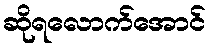
ဆိုရလောက်အောင်